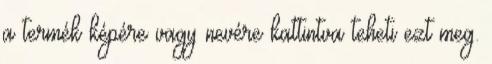
a termék képére vagy nevére kattintva teheti ezt meg.